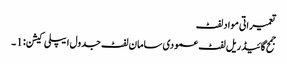
تعمیراتی مواد لفٹ
جمح گائیڈ ریل لفٹ عمودی سامان لفٹ جدول ایپلی کیشن: 1 ۔